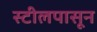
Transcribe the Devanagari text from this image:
स्टीलपासून